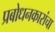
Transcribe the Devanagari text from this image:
प्रबोधनकारांचा